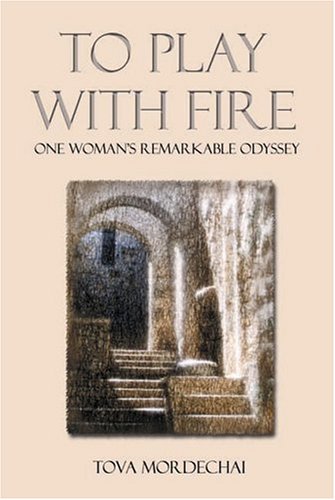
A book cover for To Play With Fire: One Woman's Remarkable Odyssey; Tova Mordechai; Religion & Spirituality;